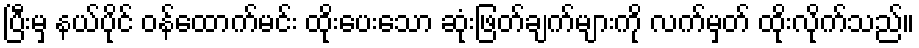
ပြီးမှ နယ်ပိုင် ဝန်ထောက်မင်း ထိုးပေးသော ဆုံးဖြတ်ချက်များကို လက်မှတ် ထိုးလိုက်သည်။